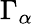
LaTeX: \Gamma_{\alpha}